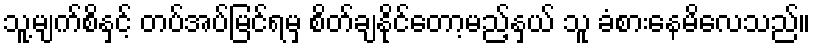
သူ့မျက်စိနှင့် တပ်အပ်မြင်ရမှ စိတ်ချနိုင်တော့မည့်နှယ် သူ ခံစားနေမိလေသည်။